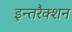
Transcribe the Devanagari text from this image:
इन्तरैक्शन